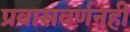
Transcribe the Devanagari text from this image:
प्रवासवर्णनही